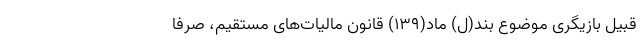
قبیل بازیگری موضوع بند(ل) ماد(۱۳۹) قانون مالیات‌های مستقیم، صرفاً